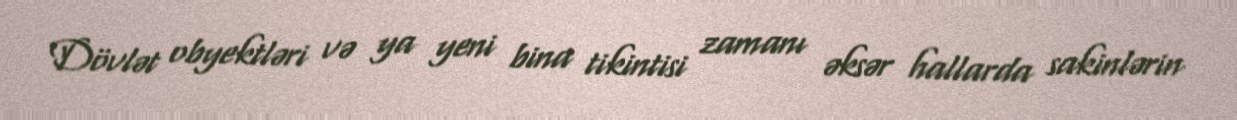
Dövlət obyektləri və ya yeni bina tikintisi zamanı əksər hallarda sakinlərin